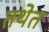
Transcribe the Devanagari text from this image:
तथेत